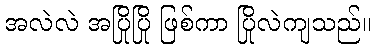
အလဲလဲ အပြိုပြို ဖြစ်ကာ ပြိုလဲကျသည်။